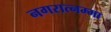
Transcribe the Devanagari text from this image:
नगरात्नम्मा